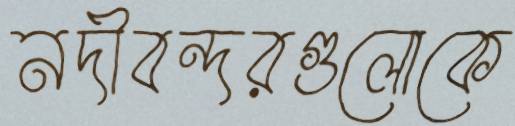
নদীবন্দরগুলোকে